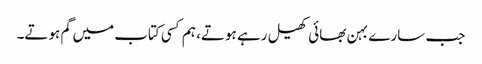
جب سارے بہن بھائی کھیل رہے ہوتے، ہم کسی کتاب میں گم ہوتے۔